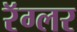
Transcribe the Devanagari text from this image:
रॅग्लर